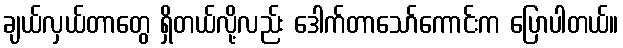
ချယ်လှယ်တာတွေ ရှိတယ်လို့လည်း ဒေါက်တာသော်ကောင်းက ပြောပါတယ်။